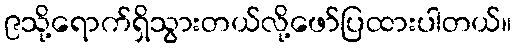
၉သို့ရောက်ရှိသွားတယ်လို့ဖော်ပြထားပါတယ်။